画像に写った文字を読んでください
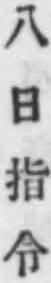
「八日指令」と書いてあります